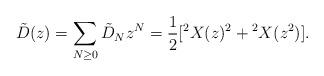
LaTeX: \begin{align*}\tilde D(z) = \sum_{N\ge 0} \tilde D_N z^N = \frac12[^2X(z)^2+{}^2X(z^2)].\end{align*}